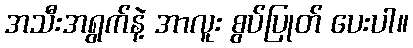
အသီးအရွက်နဲ့ အာလူး စွပ်ပြုတ် ပေးပါ။